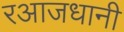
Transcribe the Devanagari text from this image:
रआजधानी